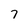
Character: 7